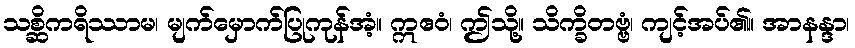
သစ္ဆိကရိဿာမ၊ မျက်မှောက်ပြုကုန်အံ့။ ဣဧဝံ၊ ဤသို့။ သိက္ခိတဗ္ဗံ၊ ကျင့်အပ်၏။ အာနန္ဒာ၊